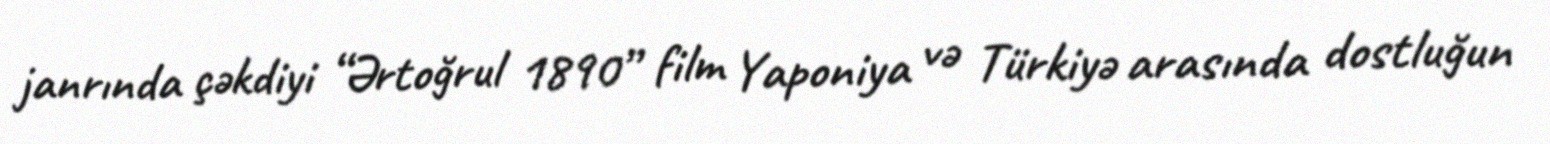
janrında çəkdiyi “Ərtoğrul 1890” film Yaponiya və Türkiyə arasında dostluğun